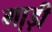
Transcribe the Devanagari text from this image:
गा़ड़ी